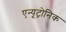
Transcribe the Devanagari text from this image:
एन्यूट्रोनिक